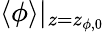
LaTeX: \langle\phi\rangle|_{z=z_{\phi,0}}